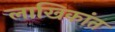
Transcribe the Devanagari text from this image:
लाखिकांत